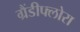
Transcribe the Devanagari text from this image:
ग्रैंडीफ्लोरा